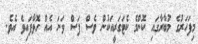
މިފަހަރުގެ މުބާރާގައި ކޮންމެ ކެޓަގަރީއަކުން ވެސް ފަސް ވަނަ އެއް ހޮވާފައިވެ އެވެ.